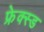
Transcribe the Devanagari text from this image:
फ्रेक्स्ड